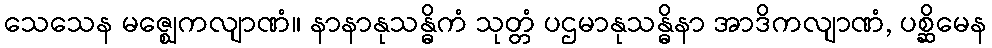
သေသေန မဇ္ဈေကလျာဏံ။ နာနာနုသန္ဓိကံ သုတ္တံ ပဌမာနုသန္ဓိနာ အာဒိကလျာဏံ, ပစ္ဆိမေန